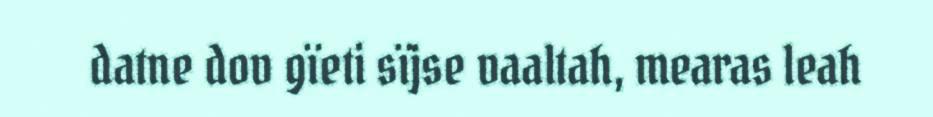
datne dov gïeti sïjse vaaltah, mearas leah